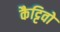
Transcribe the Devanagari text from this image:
कैट्टिवो